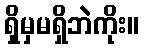
ရှိမှမရှိဘဲကိုး။